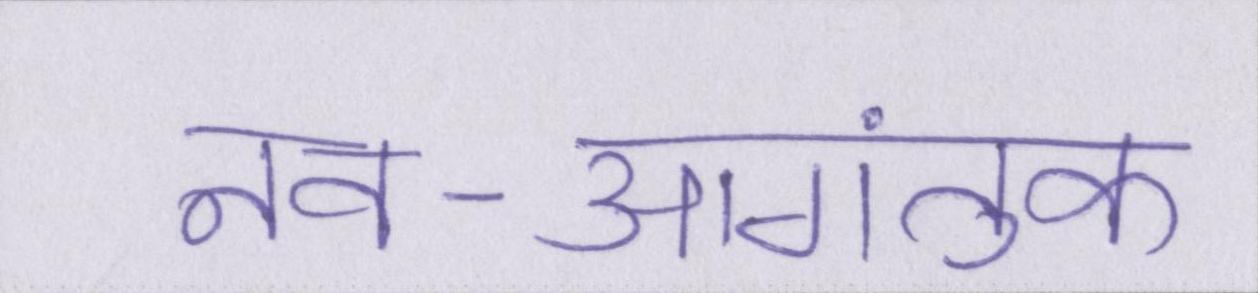
नव-आगंतुक